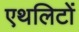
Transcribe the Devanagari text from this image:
एथलिटों